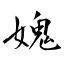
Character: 媿